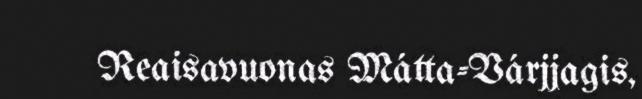
Reaisavuonas Mátta-Várjjagis,